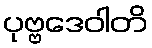
ပုဗ္ဗဒေဝါတိ